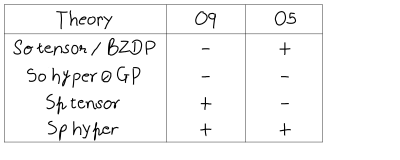
LaTeX: \begin{array} { | c | | c | c | } \hline { { \strut \mathrm { T h e o r y } } } & { { \quad O 9 \quad } } & { { \quad O 5 \quad } } \\ \hline { { \strut S o \mathrm { ~ t e n s o r ~ / ~ B Z D P } } } & { { \quad - \quad } } & { { \quad + \quad } } \\ { { S o \mathrm { ~ h y p e r ~ / ~ G P } } } & { { \quad - \quad } } & { { \quad - \quad } } \\ { { S p \mathrm { ~ t e n s o r ~ } } } & { { \quad + \quad } } & { { \quad - \quad } } \\ { { S p \mathrm { ~ h y p e r ~ } } } & { { \quad + \quad } } & { { \quad + \quad } } \\ \hline { { } } \\ \end{array}